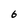
Character: 6